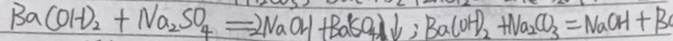
B a ( O H ) _ { 2 } + N a _ { 2 } S O _ { 4 } = 2 N a O H + B a ( S O _ { 4 } ) \downarrow ; B a ( O H ) _ { 2 } + N a _ { 2 } C O _ { 3 } = N a O H + B O